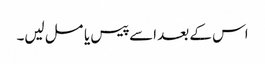
اس کے بعد اسے پیس یا مسل لیں۔